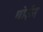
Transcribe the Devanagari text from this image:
धोईन